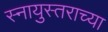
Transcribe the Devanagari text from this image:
स्नायुस्तराच्या